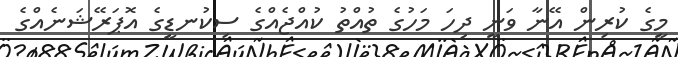
މީގެ ކުރިން އޭނާ ވަނީ ދިހަ މަހުގެ ތުއްތު ކުއްޖެއްގެ ސިކުނޑީގެ އޮޕަރޭޝަނެއްގެ